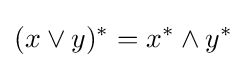
(x\vee y)^{*}=x^{*}\wedge y^{*}